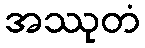
အဿုတံ